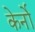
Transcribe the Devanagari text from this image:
केर्नो